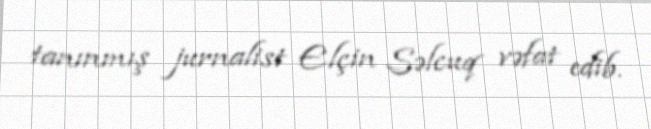
tanınmış jurnalist Elçin Səlcuq vəfat edib.